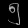
Digit: ၅